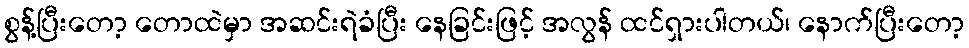
စွန့်ပြီးတော့ တောထဲမှာ အဆင်းရဲခံပြီး နေခြင်းဖြင့် အလွန် ထင်ရှားပါတယ်၊ နောက်ပြီးတော့